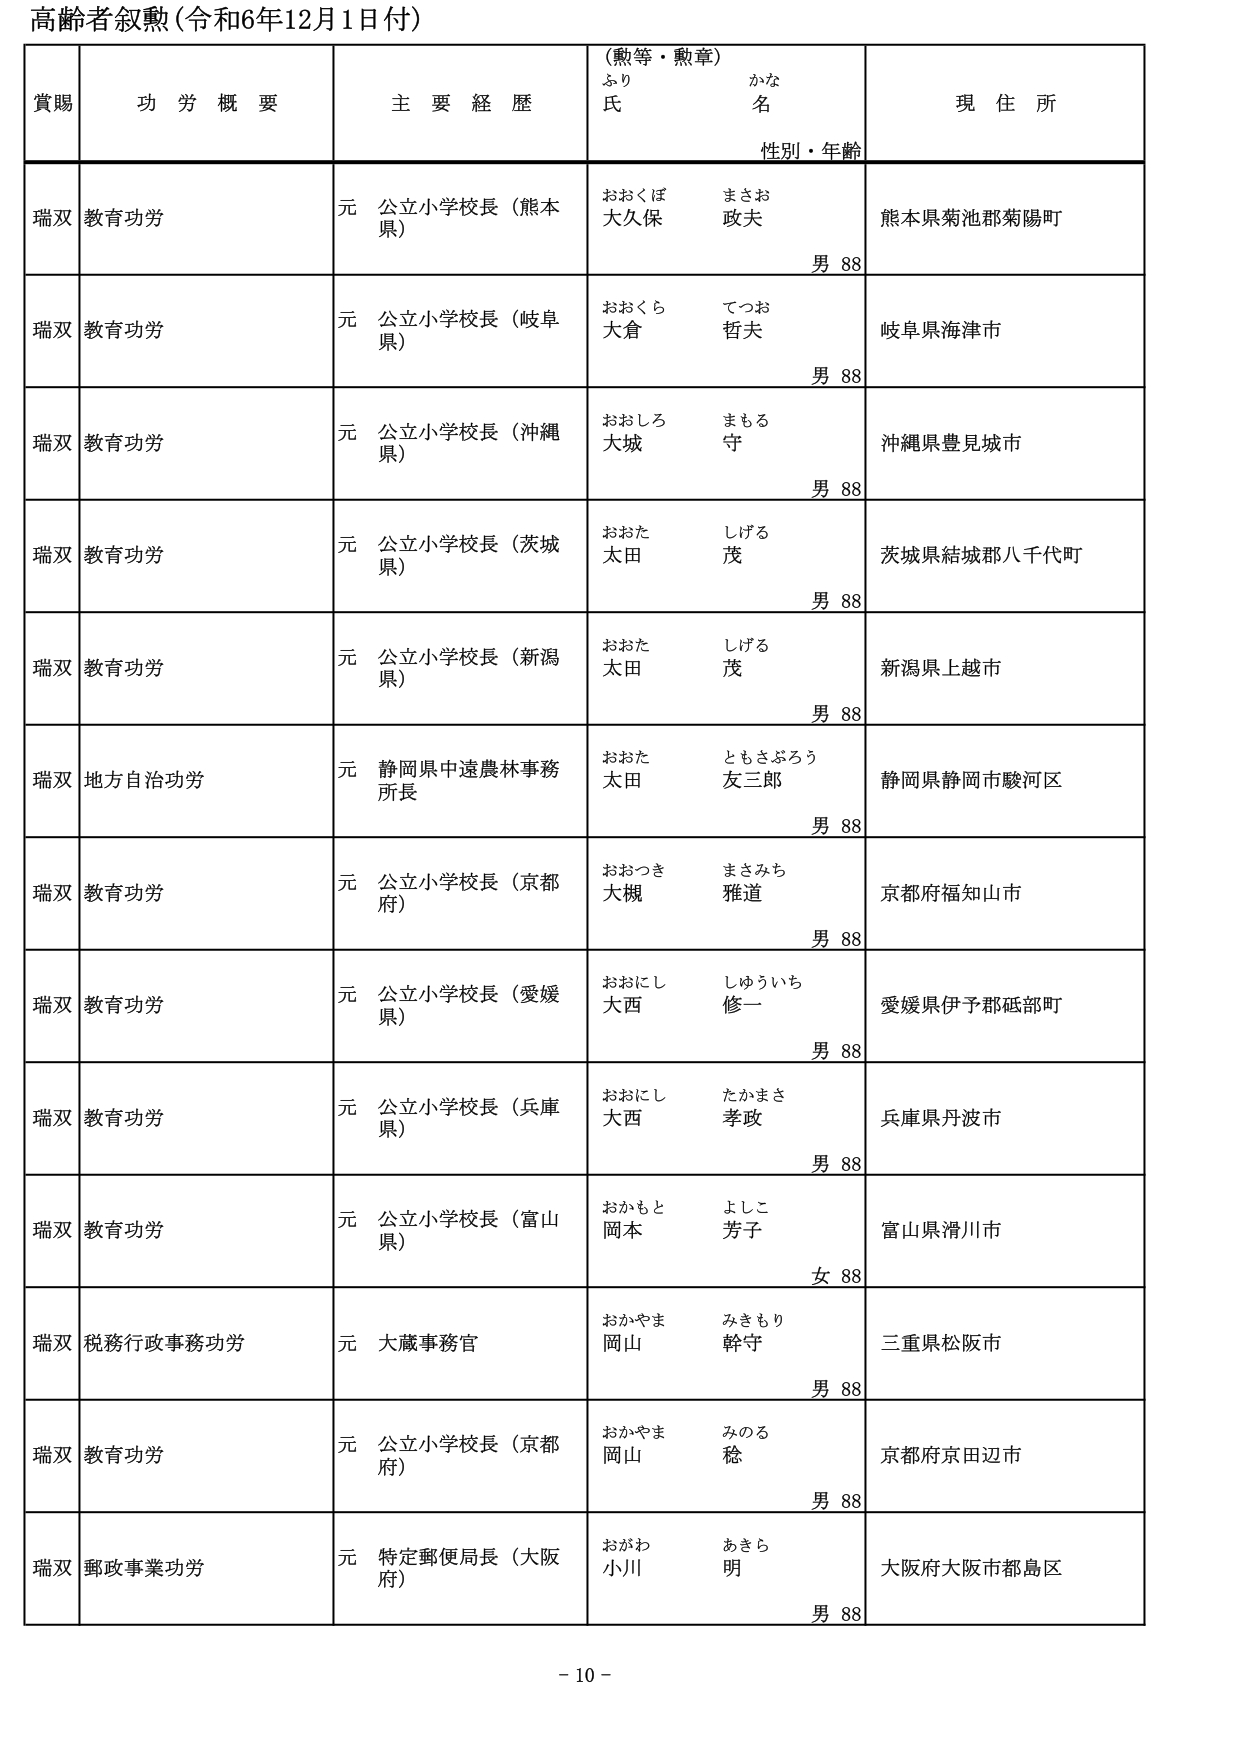
高齢者叙勲（令和6年12月1日付）

賞賜　　功労概要　　主要経歴　　（勲等・勲章）　　現住所
　　　　　　　　　　　　　　ふり　　　　かな
　　　　　　　　　　　　　　氏　　　　名
　　　　　　　　　　　　　　性別・年齢

瑞双　教育功労　　元 公立小学校長（熊本県）　　おおくぼ　　まさお　　熊本県菊池郡菊陽町
　　　　　　　　　　　　　　　　　　　　　　大久保　　政夫　　　　男 88

瑞双　教育功労　　元 公立小学校長（岐阜県）　　おおくら　　てつお　　岐阜県海津市
　　　　　　　　　　　　　　　　　　　　　　大倉　　哲夫　　　　男 88

瑞双　教育功労　　元 公立小学校長（沖縄県）　　おおしろ　　まもる　　沖縄県豊見城市
　　　　　　　　　　　　　　　　　　　　　　大城　　守　　　　　男 88

瑞双　教育功労　　元 公立小学校長（茨城県）　　おおた　　しげる　　茨城県結城郡八千代町
　　　　　　　　　　　　　　　　　　　　　　太田　　茂　　　　　男 88

瑞双　教育功労　　元 公立小学校長（新潟県）　　おおた　　しげる　　新潟県上越市
　　　　　　　　　　　　　　　　　　　　　　太田　　茂　　　　　男 88

瑞双　地方自治功労　元 静岡県中遠農林事務所長　　おおた　　ともさぶろう　　静岡県静岡市駿河区
　　　　　　　　　　　　　　　　　　　　　　太田　　友三郎　　　　男 88

瑞双　教育功労　　元 公立小学校長（京都府）　　おおつき　　まさみち　　京都府福知山市
　　　　　　　　　　　　　　　　　　　　　　大槻　　雅道　　　　男 88

瑞双　教育功労　　元 公立小学校長（愛媛県）　　おおにし　　しゅういち　　愛媛県伊予郡砥部町
　　　　　　　　　　　　　　　　　　　　　　大西　　修一　　　　男 88

瑞双　教育功労　　元 公立小学校長（兵庫県）　　おおにし　　たかまさ　　兵庫県丹波市
　　　　　　　　　　　　　　　　　　　　　　大西　　孝政　　　　男 88

瑞双　教育功労　　元 公立小学校長（富山県）　　おかもと　　よしこ　　富山県滑川市
　　　　　　　　　　　　　　　　　　　　　　岡本　　芳子　　　　女 88

瑞双　税務行政事務功労　元 大蔵事務官　　おかやま　　みきもり　　三重県松阪市
　　　　　　　　　　　　　　　　　　　　　　岡山　　幹守　　　　男 88

瑞双　教育功労　　元 公立小学校長（京都府）　　おかやま　　みのる　　京都府京田辺市
　　　　　　　　　　　　　　　　　　　　　　岡山　　稔　　　　　男 88

瑞双　郵政事業功労　元 特定郵便局長（大阪府）　　おがわ　　あきら　　大阪府大阪市都島区
　　　　　　　　　　　　　　　　　　　　　　小川　　明　　　　　男 88

- 10 -